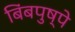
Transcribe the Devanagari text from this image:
बिंबपुष्पे